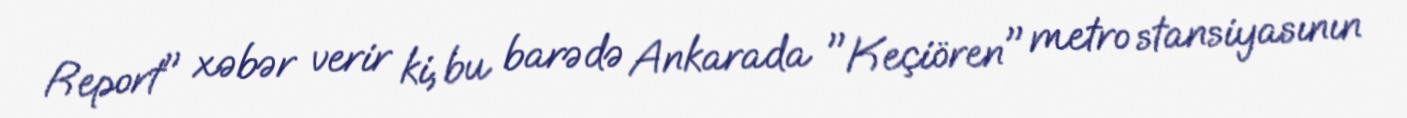
Report" xəbər verir ki, bu barədə Ankarada "Keçiören" metro stansiyasının